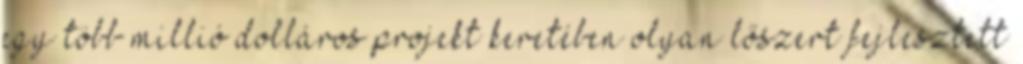
egy több millió dolláros projekt keretében olyan lőszert fejlesztett